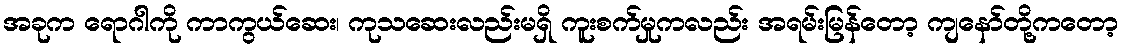
အခုက ရောဂါကို ကာကွယ်ဆေး၊ ကုသဆေးလည်းမရှိ ကူးစက်မှုကလည်း အရမ်းမြန်တော့ ကျနော်တို့ကတော့